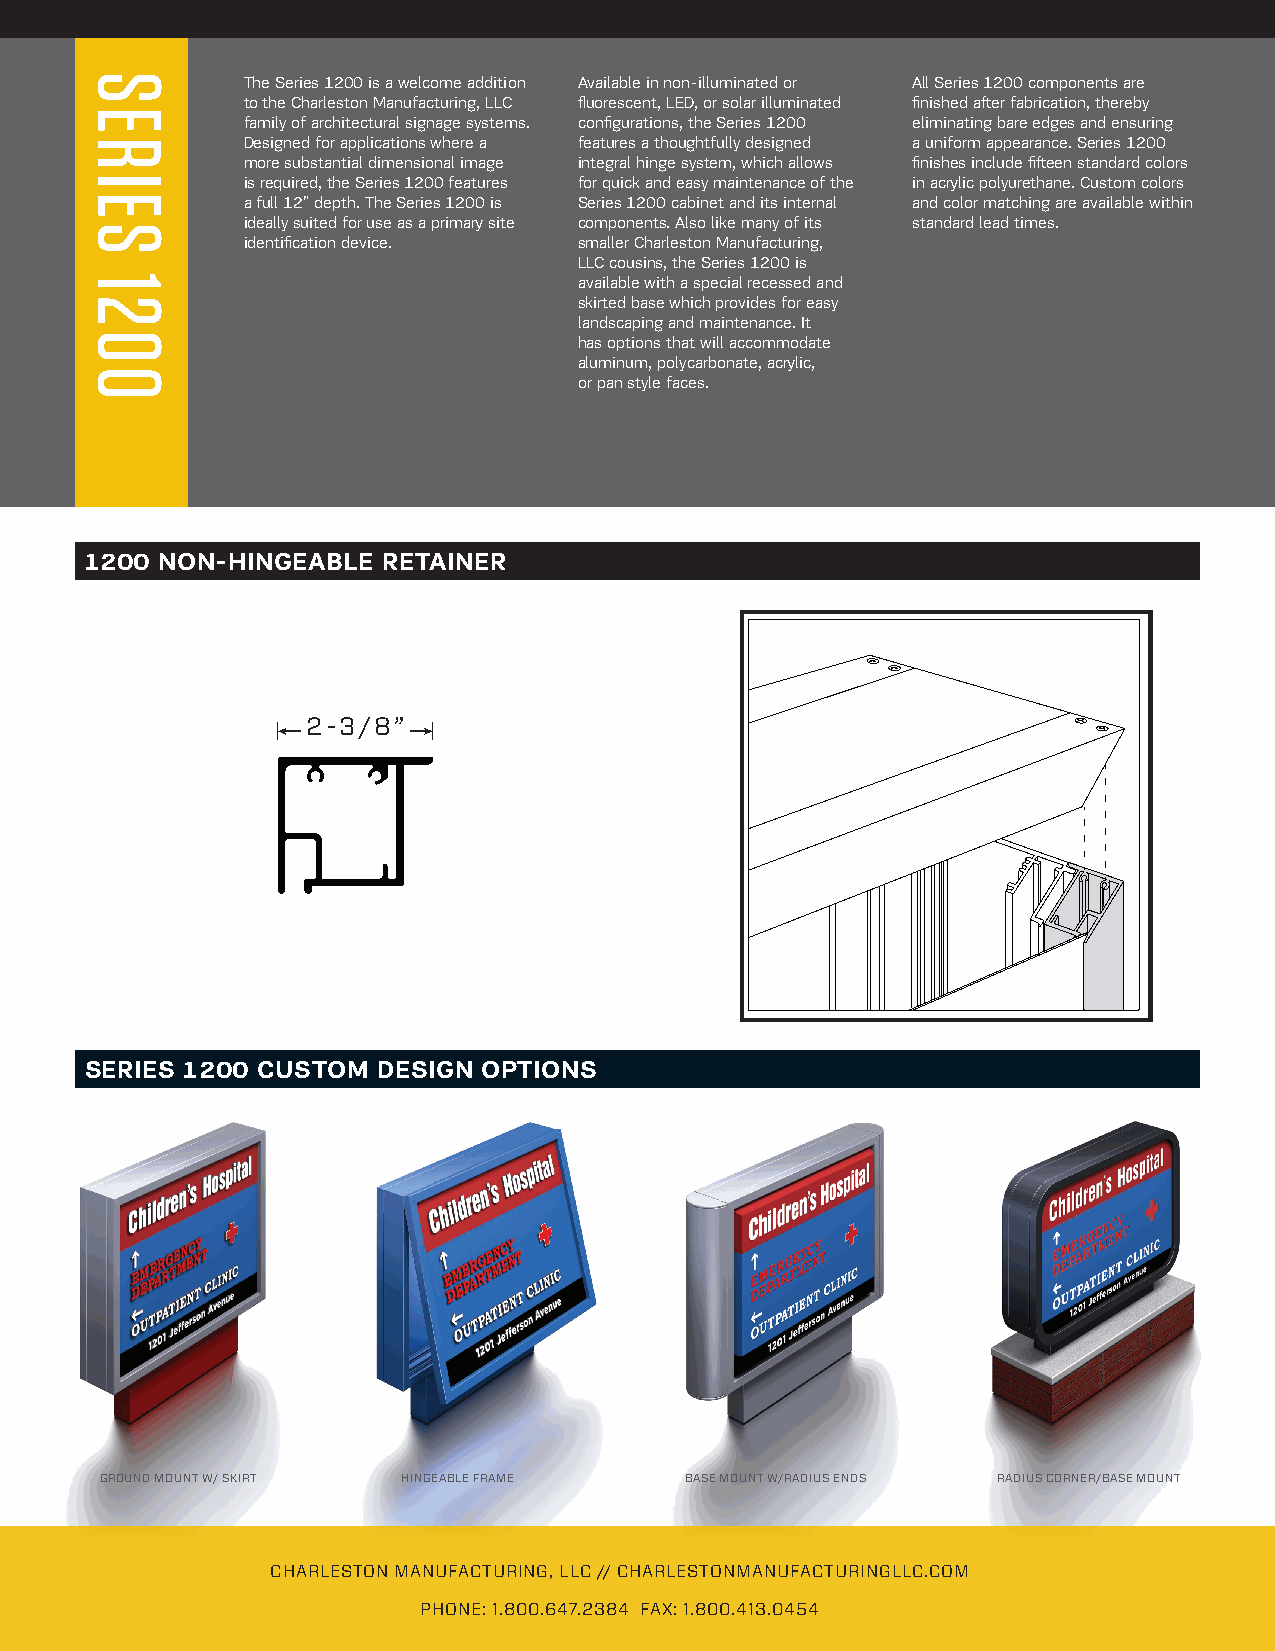
Series 1200
 11-7/ 8”
 1200 ECONOMY
 7-1/4 ”
 1200 HINGEABLE
 7-1/4”
 1200 NON-HINGEABLE BASE
 12”
 1200 EXTRUDED RADIUS
 The Series 1200 is a welcome addition Available in non-illuminated or All Series 1200 components are
 to the Charleston Manufacturing, LLC fluorescent, LED, or solar illuminated finished after fabrication, thereby
 family of architectural signage systems. configurations, the Series 1200 eliminating bare edges and ensuring
 Designed for applications where a features a thoughtfully designed a uniform appearance. Series 1200
 more substantial dimensional image integral hinge system, which allows finishes include fifteen standard colors
 is required, the Series 1200 features for quick and easy maintenance of the in acrylic polyurethane. Custom colors
 a full 12” depth. The Series 1200 is Series 1200 cabinet and its internal and color matching are available within
 ideally suited for use as a primary site components. Also like many of its standard lead times.
 identification device. smaller Charleston Manufacturing,
 LLC cousins, the Series 1200 is
 available with a special recessed and
 skirted base which provides for easy
 landscaping and maintenance. It
 has options that will accommodate
 aluminum, polycarbonate, acrylic,
 2-1/16 ”
 or pan style faces.
 1200 HINGEABLE
 1200 NON-HINGEABLE RETAINER
 1200 Non-Hingeable Retainer
 2-3/ 8”
 1200 NON-HINGEABLE
 SERIES 1200 CUSTOM DESIGN OPTIONS
 GROUND MOUNT W/ SKIRT HINGEABLE FRAME BASE MOUNT W/RADIUS ENDS RADIUS CORNER/BASE MOUNT
 CHARLESTON MANUFACTURING, LLC // CHARLESTONMANUFACTURINGLLC.COM
 PHONE: 1.800.647.2384 FAX: 1.800.413.0454
 SERIES
 1200